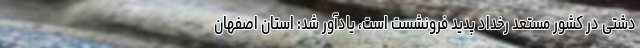
دشتی در کشور مستعد رخداد پدید فرونشست است، یادآور شد: استان اصفهان